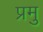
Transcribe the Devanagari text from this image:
प्रमु